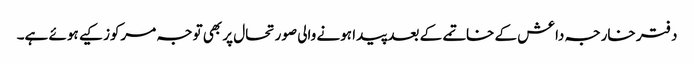
دفتر خارجہ داعش کے خاتمے کے بعد پیدا ہونے والی صورتحال پر بھی توجہ مرکوز کیے ہوئے ہے۔